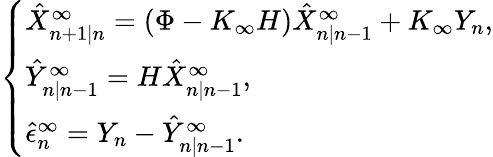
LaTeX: \begin{array}{r}{\left\{ \begin{array}{ll}{\hat{X}_{n+1|n}^{\infty}=(\Phi-K_{\infty}H)\hat{X}_{n|n-1}^{\infty}+K_{\infty}Y_{n},}\\ {\hat{Y}_{n|n-1}^{\infty}=H\hat{X}_{n|n-1}^{\infty},}\\ {\hat{\epsilon}_{n}^{\infty}=Y_{n}-\hat{Y}_{n|n-1}^{\infty}.}\end{array}\right.}\end{array}